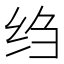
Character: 绉